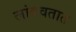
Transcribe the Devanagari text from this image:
लांबवतात